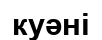
куәні